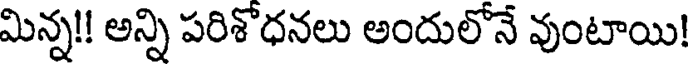
మిన్న!! అన్ని పరిశొధనలు అందులోనే వుంటాయి!